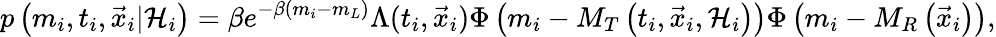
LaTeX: p\left(m_{i},t_{i},\vec{x}_{i}\vert{\cal H}_{i}\right)=\beta e^{-\beta(m_{i}-m_{L})}\Lambda(t_{i},\vec{x}_{i})\Phi\left(m_{i}-M_{T}\left(t_{i},\vec{x}_{i},{\cal H}_{i}\right)\right)\Phi\left(m_{i}-M_{R}\left(\vec{x}_{i}\right)\right),